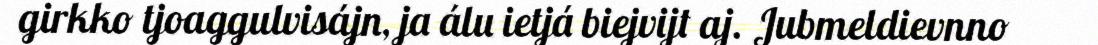
girkko tjoaggulvisájn, ja álu ietjá biejvijt aj. Jubmeldievnno